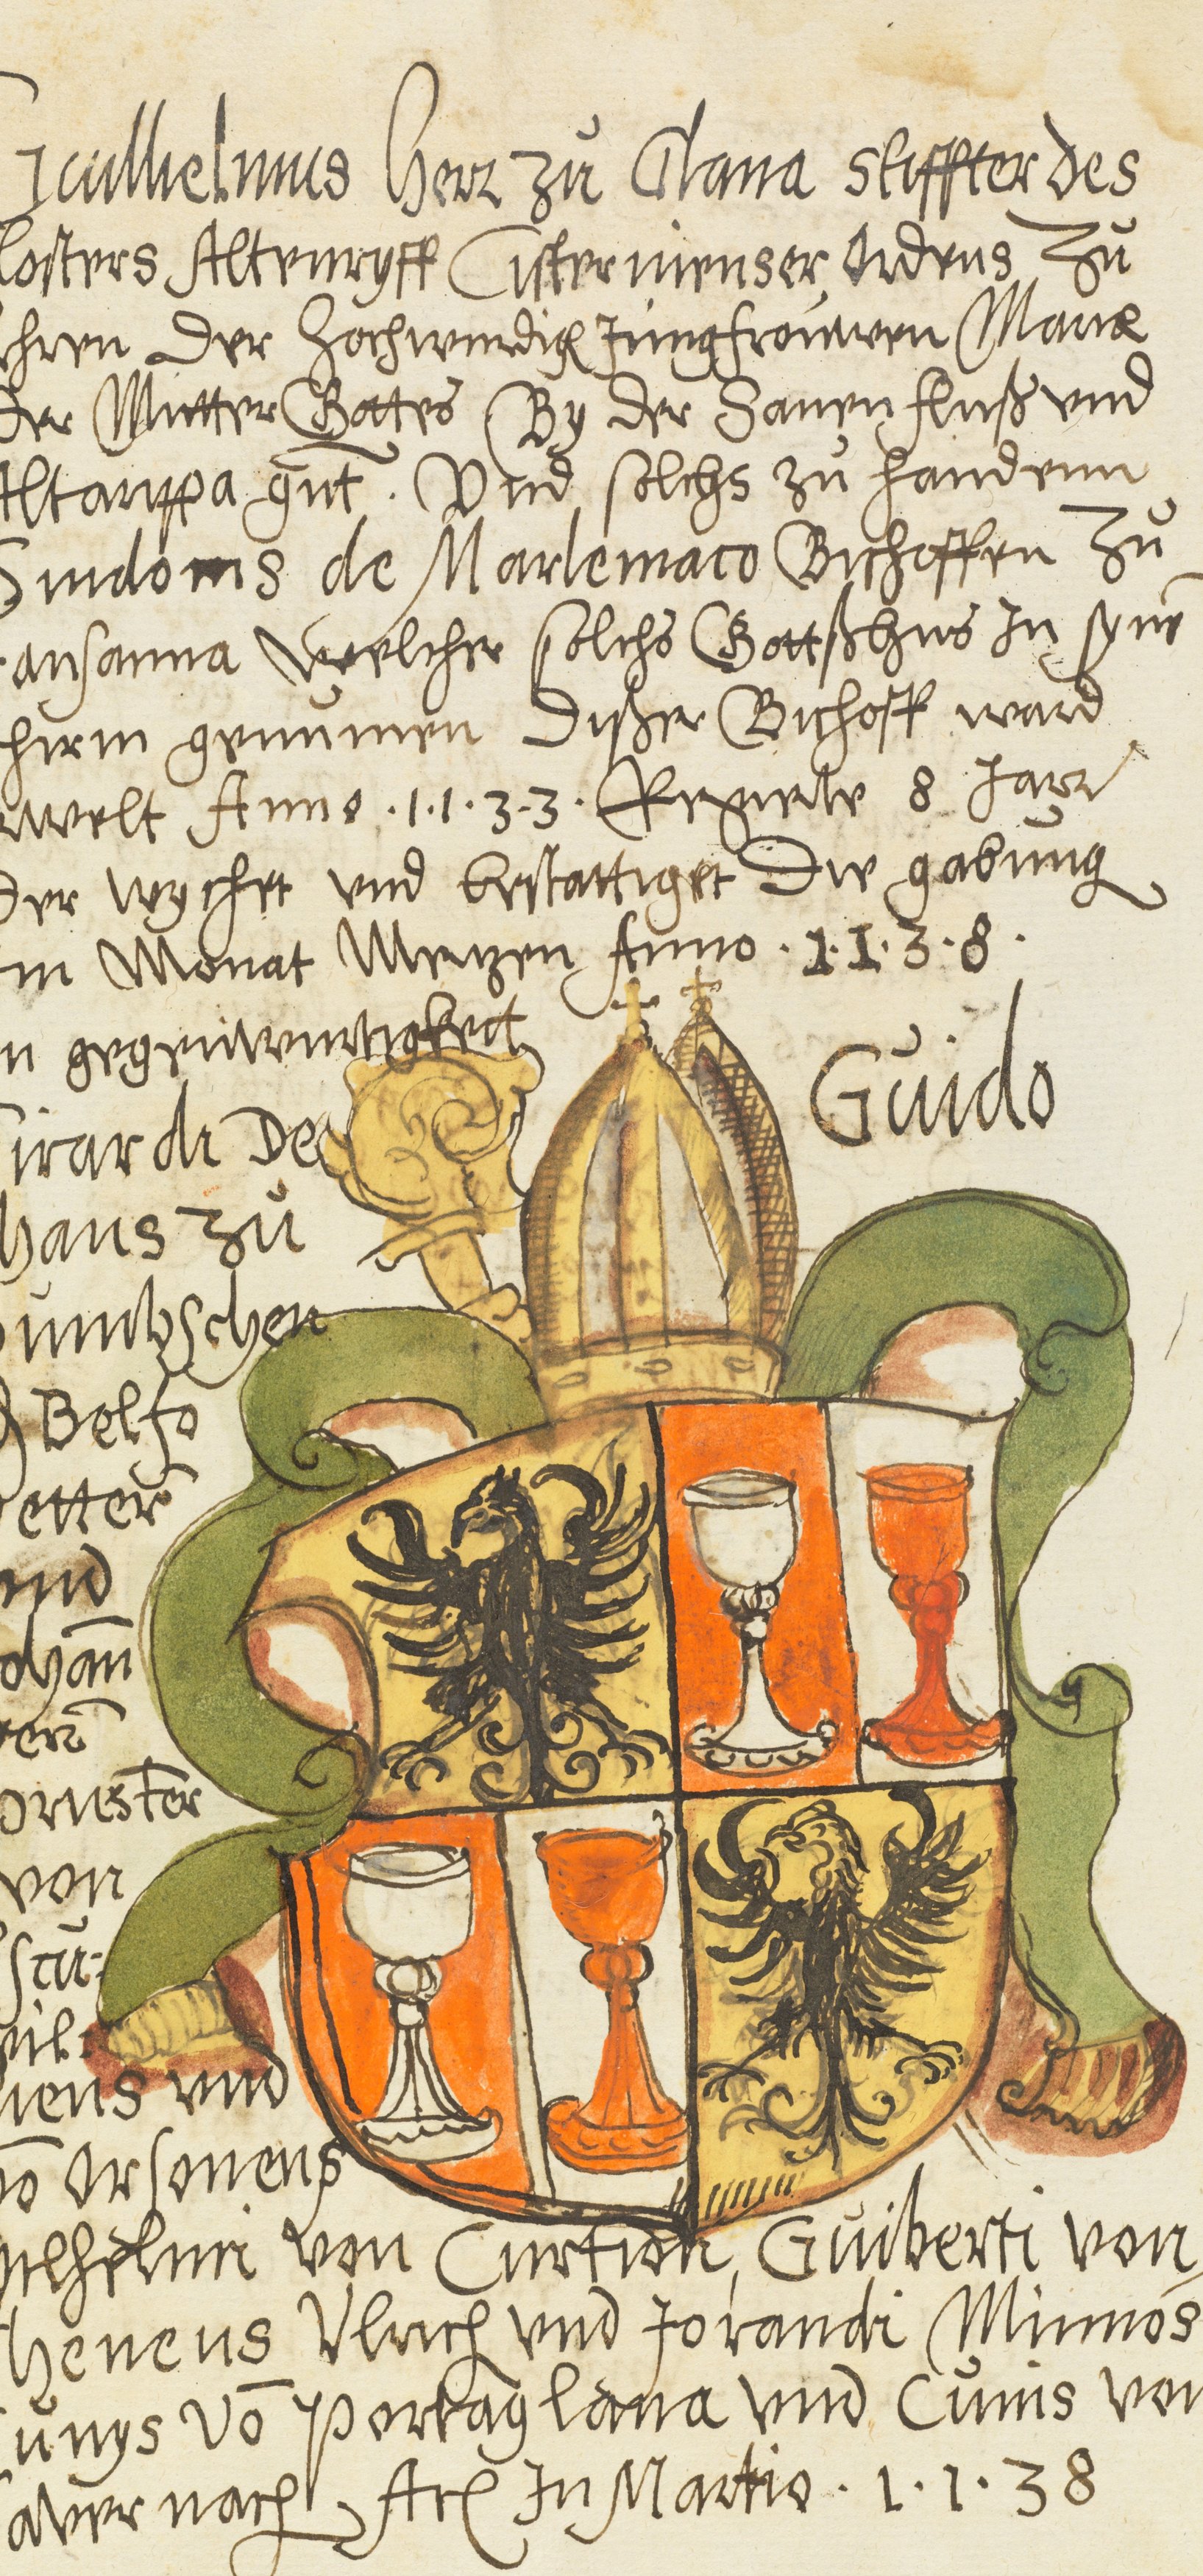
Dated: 1600–1630